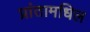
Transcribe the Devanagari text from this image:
प्रांतामधिल